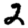
Digit: 2